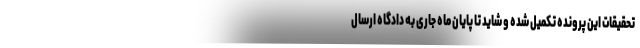
تحقیقات این پرونده تکمیل شده و شاید تا پایان ماه جاری به دادگاه ارسال